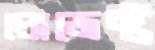
প্রোজেক্ট